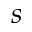
s